Report on vaccination in the Province of Bengal - 1869-1873
Year: 1869
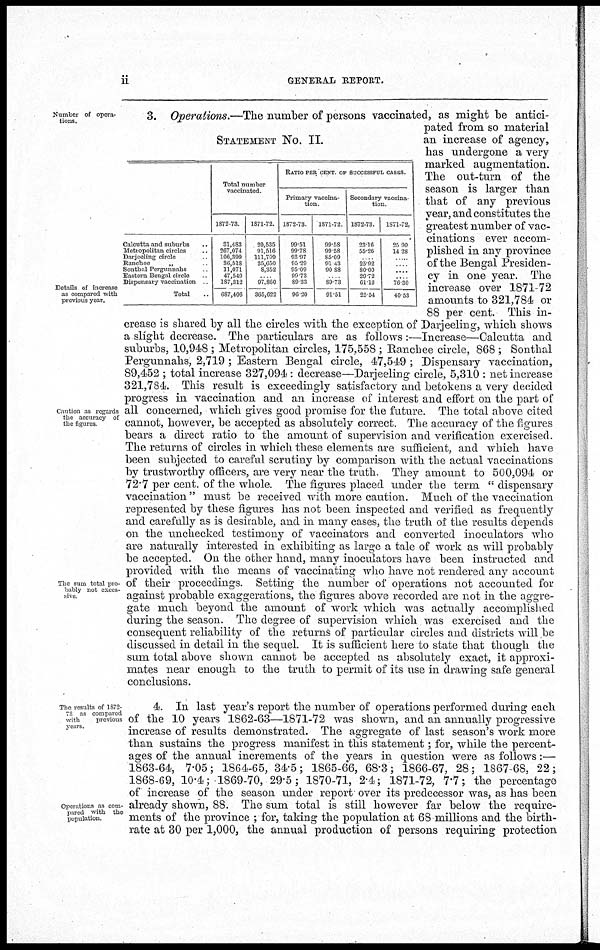
ii
GENERAL REPORT.
Number of opera-
tions.
Details of increase
as compared with
previous year.
Caution as regards
the accuracy of
the figures.
The sum total pro-
bably not exces-
sive
STATEMENT No. II.
Calcutta and suburbs ..
Metropolitan circles ..
Darjeeling circle ..
Ranchee
„ ..
Sonthal Pergunnahs ..
Eastern Bengal circle ..
Dispensary vaccination ..
Total ..
Total number
vaccinated.
1872-73
31,483
267,074
106,399
36,518
11,071
47,549
187,312
687,406
1871-72.
20,535
91,516
111,709
35,650
8,352
..
97,860
365,622
RATIO PER CENT. OF SUCCESSFUL CASES.
Primary vaccina-
tion.
1872-73.
99.51
99.78
93.97
95.29
95.09
99.73
89.33
96.20
1871-72
99.58
99.58
85.09
91.43
90.88
..
89.73
91.51
Secondary vaccina-
tion
1872-73.
23.16
55.26
..
25.92
80.00
29.72
61.13
25.54
1871-72.
25.90
14.28
..
..
....
..
76.30
40.53
3. Operations.—The number of persons vaccinated, as might be antici-
pated from so material
an increase of agency,
has undergone a very
marked augmentation.
The out-turn of the
season is larger than
that of any previous
year, and constitutes the
greatest number of vac-
cinations ever accom-
plished in any province
of the Bengal Presiden-
cy in one year. The
increase over 1871-72
amounts to 321,784 or
88 per cent. This in-
crease is shared by all the circles with the exception of Darjeeling, which shows
a slight decrease. The particulars are as follows :—Increase—Calcutta and
suburbs, 10,948 ; Metropolitan circles, 175,558 ; Ranchee circle, 868 ; Sonthal
Pergunnahs, 2,719 ; Eastern Bengal circle, 47,549 ; Dispensary vaccination,
89,452 ; total increase 327,094 : decrease—Darjeeling circle, 5,310 : net increase
321,784. This result is exceedingly satisfactory and betokens a very decided
progress in vaccination and an increase of interest and effort on the part of
all concerned, which gives good promise for the future. The total above cited
cannot, however, be accepted as absolutely correct. The accuracy of the figures
bears a direct ratio to the amount of supervision and verification exercised.
The returns of circles in which these elements are sufficient, and which have
been subjected to careful scrutiny by comparison with the actual vaccinations
by trustworthy officers, are very near the truth. They amount to 500,094 or
72.7 per cent. of the whole. The figures placed under the term " dispensary
vaccination " must be received with more caution. Much of the vaccination
represented by these figures has not been inspected and verified as frequently
and carefully as is desirable, and in many cases, the truth of the results depends
on the unchecked testimony of vaccinators and converted inoculators who
are naturally interested in exhibiting as large a tale of work as will probably
be accepted. On the other hand, many inoculators have been instructed and
provided with the means of vaccinating who have not rendered any account
of their proceedings. Setting the number of operations not accounted for
against probable exaggerations, the figures above recorded are not in the aggre-
gate much beyond the amount of work which was actually accomplished
during the season. The degree of supervision which was exercised and the
consequent reliability of the returns of particular circles and districts will be
discussed in detail in the sequel. It is sufficient here to state that though the
sum total above shown cannot be accepted as absolutely exact, it approxi-
mates near enough to the truth to permit of its use in drawing safe general
conclusions.
The results of 1872-
73 as compared
with
previous
years.
Operations as com-
pared with the
population.
4. In last year's report the number of operations performed during each
of the 10 years 1862-63—1871-72 was shown, and an annually progressive
increase of results demonstrated. The aggregate of last season's work more
than sustains the progress manifest in this statement; for, while the percent-
ages of the annual increments of the years in question were as follows:—
1863-64, 7.05; 1864-65, 34.5; 1865-66, 68.3; 1866-67, 28; 1867-68, 22;
1868-69, 10.4; 1869-70, 29.5; 1870-71, 2.4; 1871-72, 7.7; the percentage
of increase of the season under report over its predecessor was, as has been
already shown, 88. The sum total is still however far below the require-
ments of the province ; for, taking the population at 68 millions and the birth-
rate at 30 per 1,000, the annual production of persons requiring protection